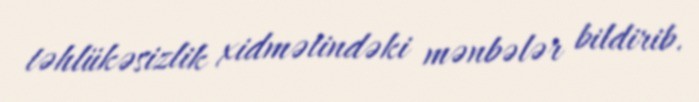
təhlükəsizlik xidmətindəki mənbələr bildirib.